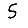
Digit: 5